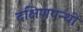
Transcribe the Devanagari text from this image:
दक्षिणपन्थी